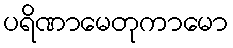
ပရိဏာမေတုကာမော